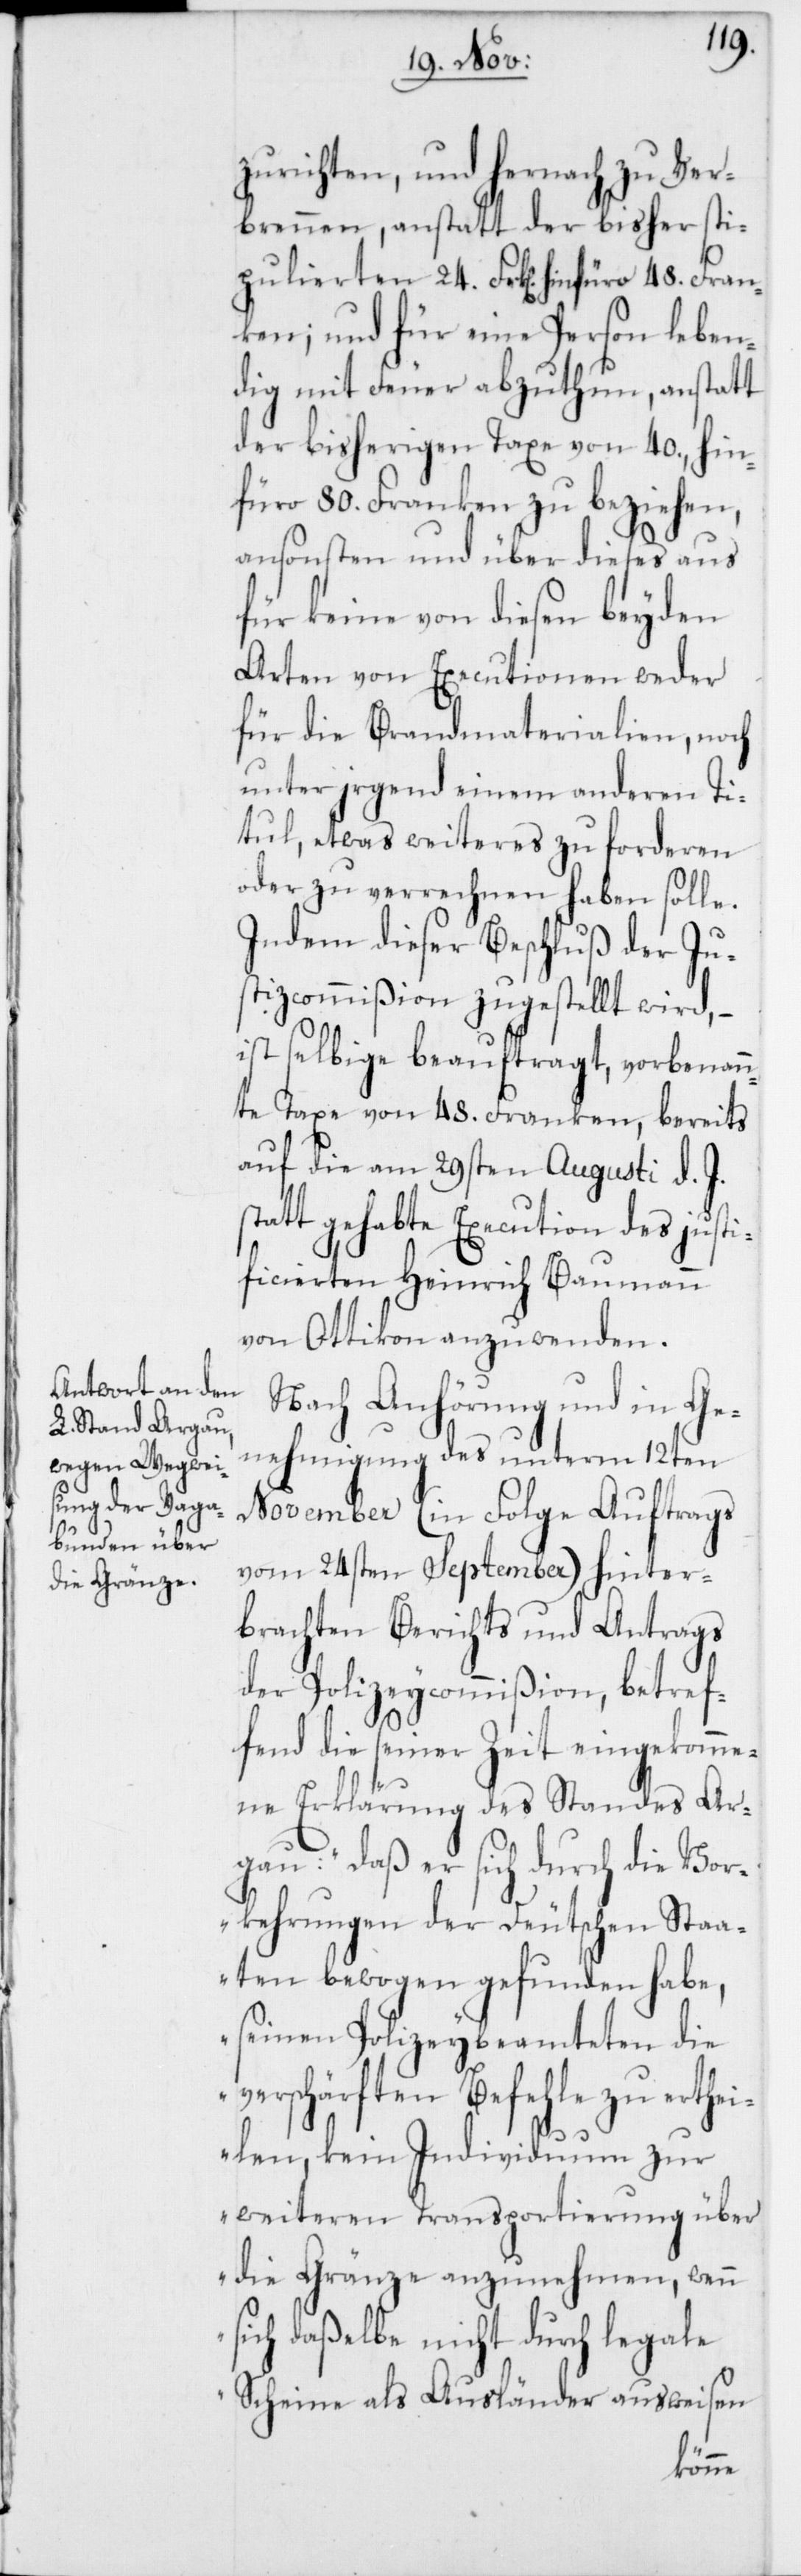
zurichten, und hernach zu Ver¬
brennen, anstatt der bisher sti¬
pulierten 24. Frk[en]. hinfüro 48. Fran¬
ken; und für eine Person leben¬
dig mit Feuer abzuthun, anstatt
der bisherigen Taxe von 40., hin¬
füro 80. Franken zu beziehen,
ansonsten und über dieses aus
für keine von diesen beyden
Arten von Executionen weder
für die Brandmaterialien, noch
unter irgend einem anderen Ti¬
tul, etwas weiteres zu forderen
oder zu verrechnen haben solle.
Indem dieser Beschluß der Ju¬
stizcommißion zugestellt wird, –
ist selbige beauftragt, vorbenan¬
nte Taxe von 48. Franken, bereits
auf die am 29sten Augusti d. J.
statt gehabte Execution des justi¬
ficierten Heinrich Baumann
von Ottikon anzuwenden.
Nach Anhörung und in Ge¬
nehmigung des unterm 12ten
November (in Folge Auftrags
vom 24sten September) hinter¬
brachten Berichts und Antrags
der Polizeycommißion, betref¬
fend die seiner Zeit eingekomme¬
ne Erklärung des Standes Ar¬
gau: „daß er sich durch die Vor¬
kehrungen der Deutschen Staa¬
ten bewogen gefunden habe,
seinen Polizeybeamteten die
verschärften Befehle zu erthei¬
len, kein Individuum zur
weiteren Transportierung über
die Gränze anzunehmen, wenn
sich daßelbe nicht durch legale
Scheine als Ausländer ausweisen